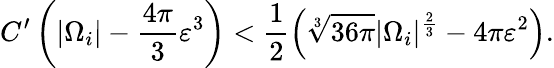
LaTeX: C^{\prime}\left(|\Omega_{i}|-\frac{4\pi}{3}\varepsilon^{3}\right)<\frac{1}{2}\left(\sqrt[3]{36\pi}|\Omega_{i}|^{\frac{2}{3}}-4\pi\varepsilon^{2}\right).